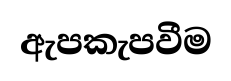
ඇපකැපවීම